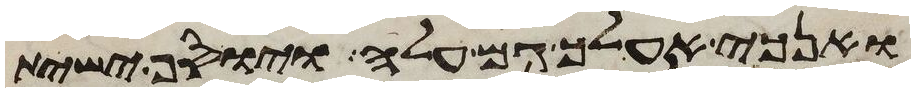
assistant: ואנכי אעלך גם עלה ויוסף ישית